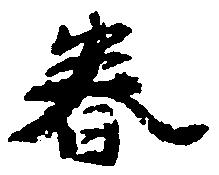
春